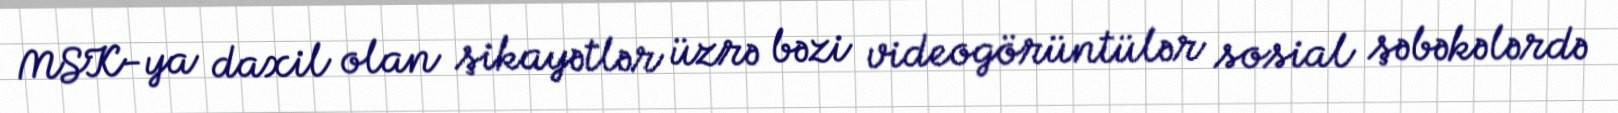
MSK-ya daxil olan şikayətlər üzrə bəzi videogörüntülər sosial şəbəkələrdə